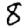
Digit: 8